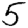
Digit: 5